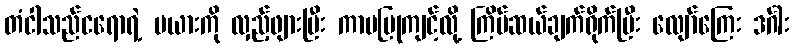
တံငါသည်ငရောရဲ့ မယားကို လှည့်ဖျားပြီး ကာမပြုကျင့်လို့ ကြိမ်ဆယ်ချက်ရိုက်ပြီး လျော်ကြေး ဒင်္ဂါး